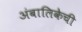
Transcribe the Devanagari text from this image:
अंबालिकेची